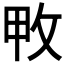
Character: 𢼓